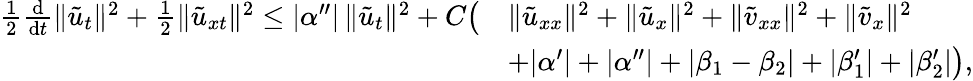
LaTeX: \begin{array}{rl}{\frac{1}{2}\frac{\mathrm{d}}{\mathrm{d}t}\| \tilde{u}_{t}\| ^{2}+\frac 12\| \tilde{u}_{xt}\| ^{2}\le|\alpha^{\prime\prime}|\, \| \tilde{u}_{t}\| ^{2}+C\big(}&{\| \tilde{u}_{xx}\| ^{2}+\| \tilde{u}_{x}\| ^{2}+\| \tilde{v}_{xx}\| ^{2}+\| \tilde{v}_{x}\| ^{2}}\\ &{+|\alpha^{\prime}|+|\alpha^{\prime\prime}|+|\beta_{1}-\beta_{2}|+|\beta_{1}^{\prime}|+|\beta_{2}^{\prime}|\big),}\end{array}